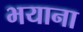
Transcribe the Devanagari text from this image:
भयाना